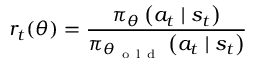
r _ { t } ( \theta ) = \frac { \pi _ { \theta } \left( a _ { t } \mid s _ { t } \right) } { \pi _ { \theta _ { \mathrm { ~ o ~ l ~ d ~ } } } \left( a _ { t } \mid s _ { t } \right) }